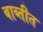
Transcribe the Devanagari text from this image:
बाब्तीत